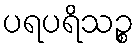
ပရပရိသဉ္စ